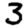
Digit: 3